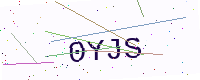
Text: 0YJS